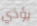
يؤذي